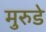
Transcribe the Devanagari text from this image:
मुरुडे